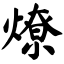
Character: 燎